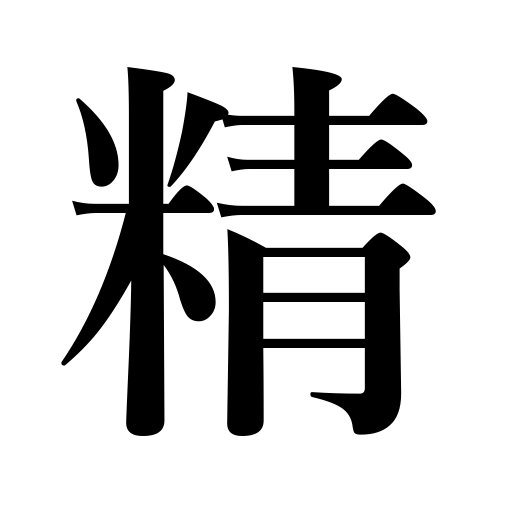
Meanings: skill,spirit,vitality,energy,details,excellence,white rice,ghost,fairy,purity